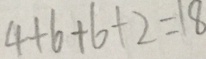
4 + 6 + 6 + 2 = 1 8